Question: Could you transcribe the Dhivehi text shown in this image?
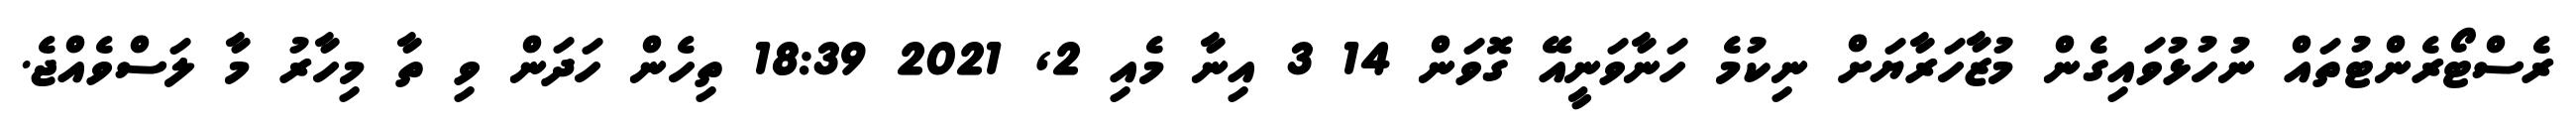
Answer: ރެސްޓޯރެންޓުތައް ނުހުޅުވައިގެން މުޒާހަރާޔަށް ނިކުމެ ހަނާވަނީއޭ ގޮވަން 14 3 އިނާ މެއި 2, 2021 18:39 ތިހެން ހަދަން ވި ތާ މިހާރު މާ ލަސްވެއްޖެ.